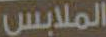
الملابس